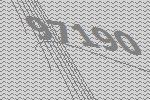
97190